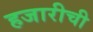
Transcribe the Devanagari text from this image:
हजारीची